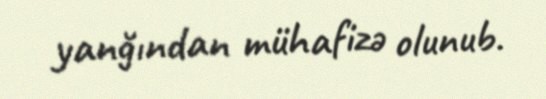
yanğından mühafizə olunub.